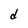
Character: d